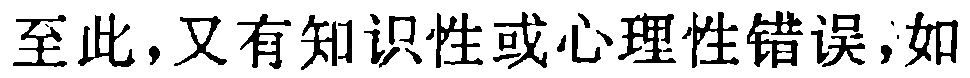
至此，又有知识性或心理性错误，如